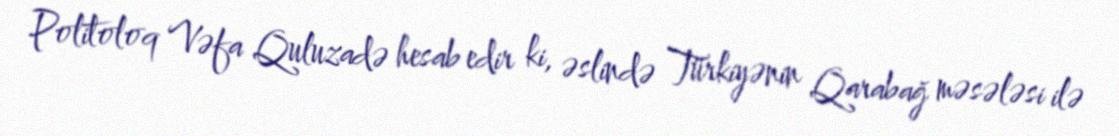
Politoloq Vəfa Quluzadə hesab edir ki, əslində Türkiyənin Qarabağ məsələsi ilə